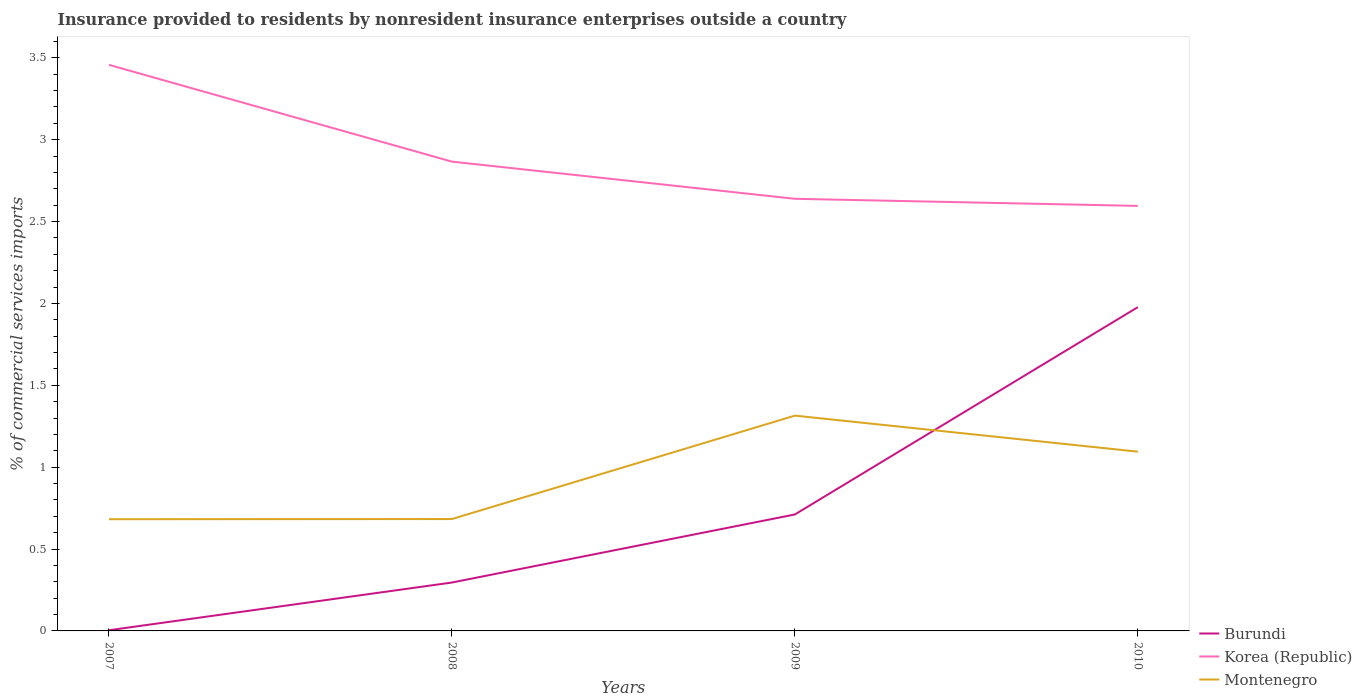
| Years | Burundi | Korea (Republic) | Montenegro |
 | --- | --- | --- | --- |
 | 2007 | 0.0042 | 3.46 | 0.682 |
 | 2008 | 0.296 | 2.87 | 0.683 |
 | 2009 | 0.711 | 2.64 | 1.31 |
 | 2010 | 1.98 | 2.6 | 1.09 |